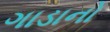
ગાડાનો